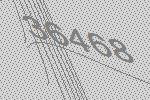
36468